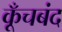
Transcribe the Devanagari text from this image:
कूँचबंद